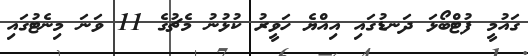
ގައުމީ ފުޓްބޯޅަ ދަނޑުގައި އިއްޔެ ހަވީރު ކުޅުނު މެޗުގެ 11 ވަނަ މިނެޓުގައި